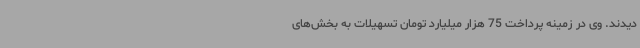
دیدند. وی در زمینه پرداخت 75 هزار میلیارد تومان تسهیلات به بخش‌های